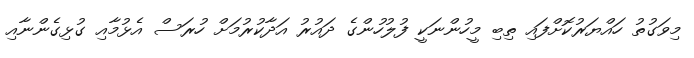
މިވަގުތު ހައްޔަރުކޮށްފައި ތިބި މީހުންނަކީ ފުލުހުންގެ ދައުރު އަދާކުރުމަށް ހުރަސް އެޅުމާއި ގުޅިގެންނާއި